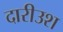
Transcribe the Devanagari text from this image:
दारीउश